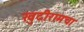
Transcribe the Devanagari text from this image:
खुदीरामचा